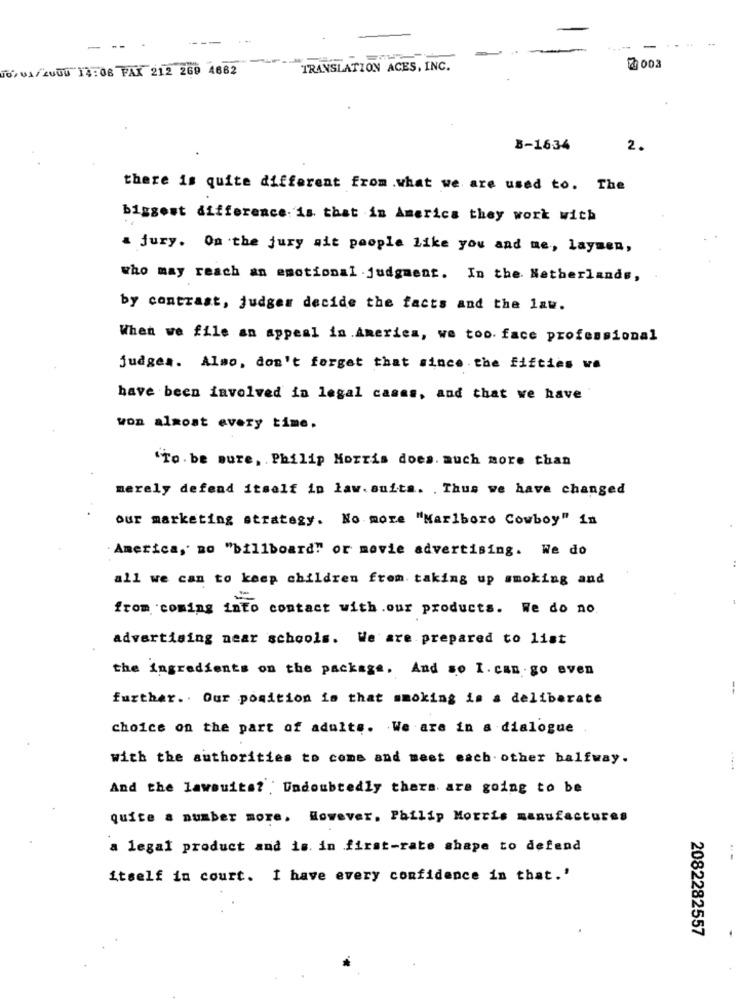
-
10/01/2000 14:06 FAX 212 269 4682
TRANSLATION ACES, INC.
B-1634
2.
there is quite different from .what we are used to. The
biggest difference is that in America they work with
a jury. On the jury wit people Like you and me, laymen,
who may reach an emotional . judgment. In the Netherlands,
by contrast, judges decide the facts and the law.
When we file an appeal in America, we too. face professional
judges. Also, don't forget that since the fifties wa
have been involved in legal casas, and that we have
won almost every time.
'To. be sure, Philip Morris does. auch more than
merely defend itself in law. suits. . Thus we have changed
our marketing strategy. No more "Marlboro Cowboy" in
America, no "billboard" or movie advertising. We do
all we can to keep children from. taking up smoking and
from coming into contact with.our products. We do no
advertising near schools. We are prepared to list
the ingredients on the package, And so I. can go aven
--
further .. Our position is that smoking is a deliberate
choice on the part of adulte. We are in a dialogue
with the authorities to come and meet each other halfway.
And the lawsuits? . Undoubtedly thers are going to be
quite a number more, However. Philip Morris manufactures
a legal product and is. in first-rate shape to defend
itself in court. I have every confidence in that.'
2082282557